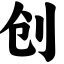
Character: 创